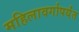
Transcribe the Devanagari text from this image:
महिलावर्गापर्यंत